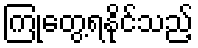
ကြုံတွေ့ရနိုင်သည့်